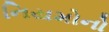
નિયમોનો